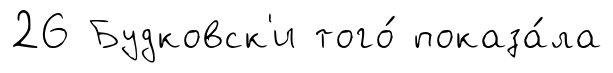
26 Будковск'и того́ показа́ла